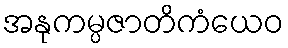
အနုကမ္ပဇာတိကံယေဝ